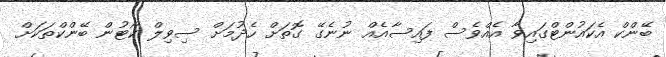
ބޭންކް އެކައުންޓްގައިވާ އެއްވެސް ފައިސާއެއް ނުނެގޭ ގޮތަށް ހެދުމަށް ސިވިލް ކޯޓުން ބޭންކްތަކަށް